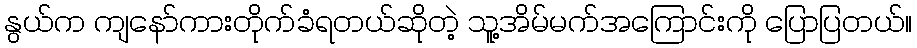
နွယ်က ကျနော်ကားတိုက်ခံရတယ်ဆိုတဲ့ သူ့အိမ်မက်အကြောင်းကို ပြောပြတယ်။